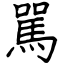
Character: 駡